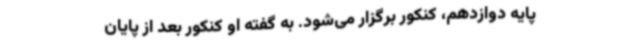
پایه دوازدهم، کنکور برگزار می‌شود. به گفته او کنکور بعد از پایان